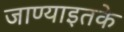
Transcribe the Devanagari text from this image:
जाण्याइतके